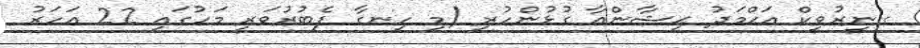
ގ.ނީރުވީކް އަޙްމަދު ޙިޝާންއާ ގުޅުންހުރި (މި ހިނގާ ފެބުރުވަރީ މަހުގައި 22 އަހަރު